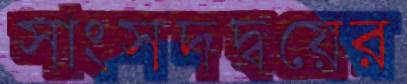
সাংসদদ্বয়ের